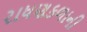
રાધણકળાની